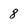
Character: 8